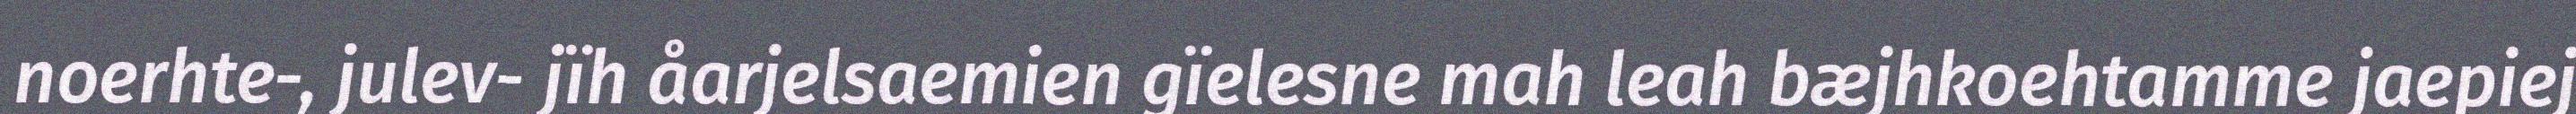
noerhte-, julev- jïh åarjelsaemien gïelesne mah leah bæjhkoehtamme jaepiej